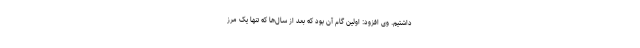
داشتیم‌. وی افزود: اولین گام آن بود که بعد از سال‌ها که تنها یک مرز